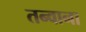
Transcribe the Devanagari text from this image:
तन्वाना